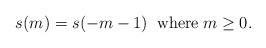
LaTeX: \begin{align*}s(m)=s(-m-1) \;\; \mbox{where}\;m \geq 0.\end{align*}